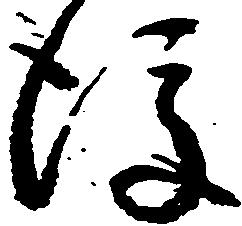
後